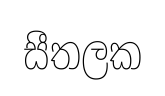
සීතලක